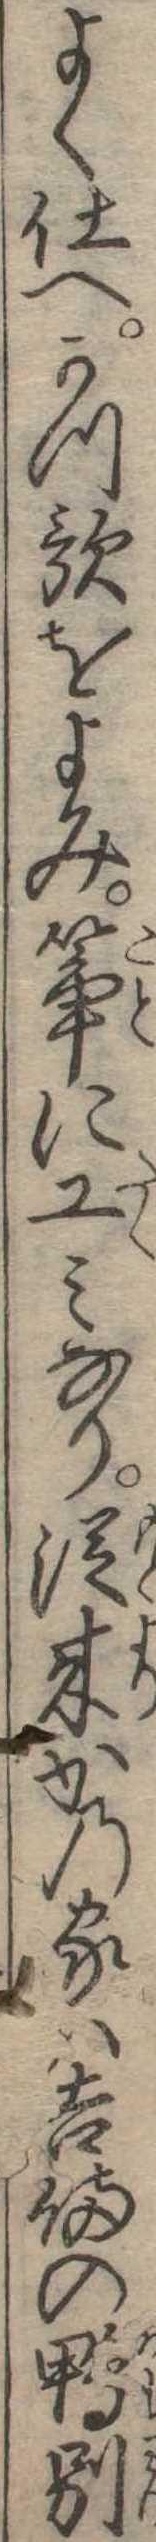
よく仕へかつ歌をよみ箏に工みなり従来かの家は吉備の鴨別